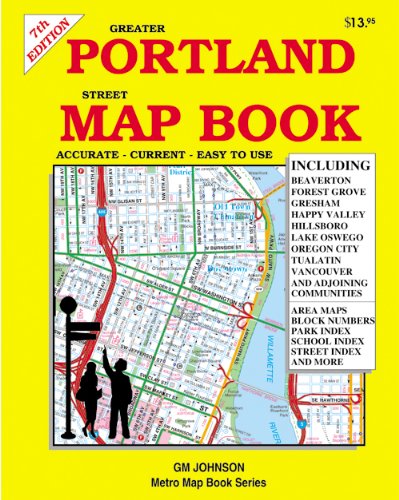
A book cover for Greater Portland Street Map Book; G.M. Johnson; Travel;